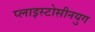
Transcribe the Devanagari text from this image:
प्लाइस्टोसीनयुग